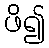
ဖိ၍